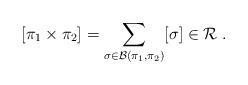
LaTeX: \begin{align*}[\pi_1\times \pi_2] = \sum_{\sigma \in \mathcal{B}(\pi_1,\pi_2)} [\sigma] \in \mathcal{R}\;.\end{align*}